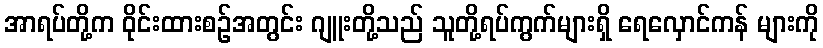
အာရပ်တို့က ဝိုင်းထားစဉ်အတွင်း ဂျူးတို့သည် သူတို့ရပ်ကွက်များရှိ ရေလှောင်ကန် များကို